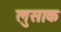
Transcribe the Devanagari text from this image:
लुसाक